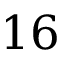
1 6